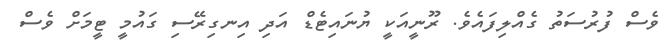
ވެސް ފުރުސަތު ގެއްލިފައެވެ. ރޫނީއަކީ ޔުނައިޓެޑް އަދި އިނގިރޭސި ގައުމީ ޓީމަށް ވެސް